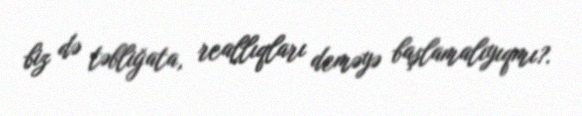
biz də təbliğata, reallıqları deməyə başlamalıyıqmı?.